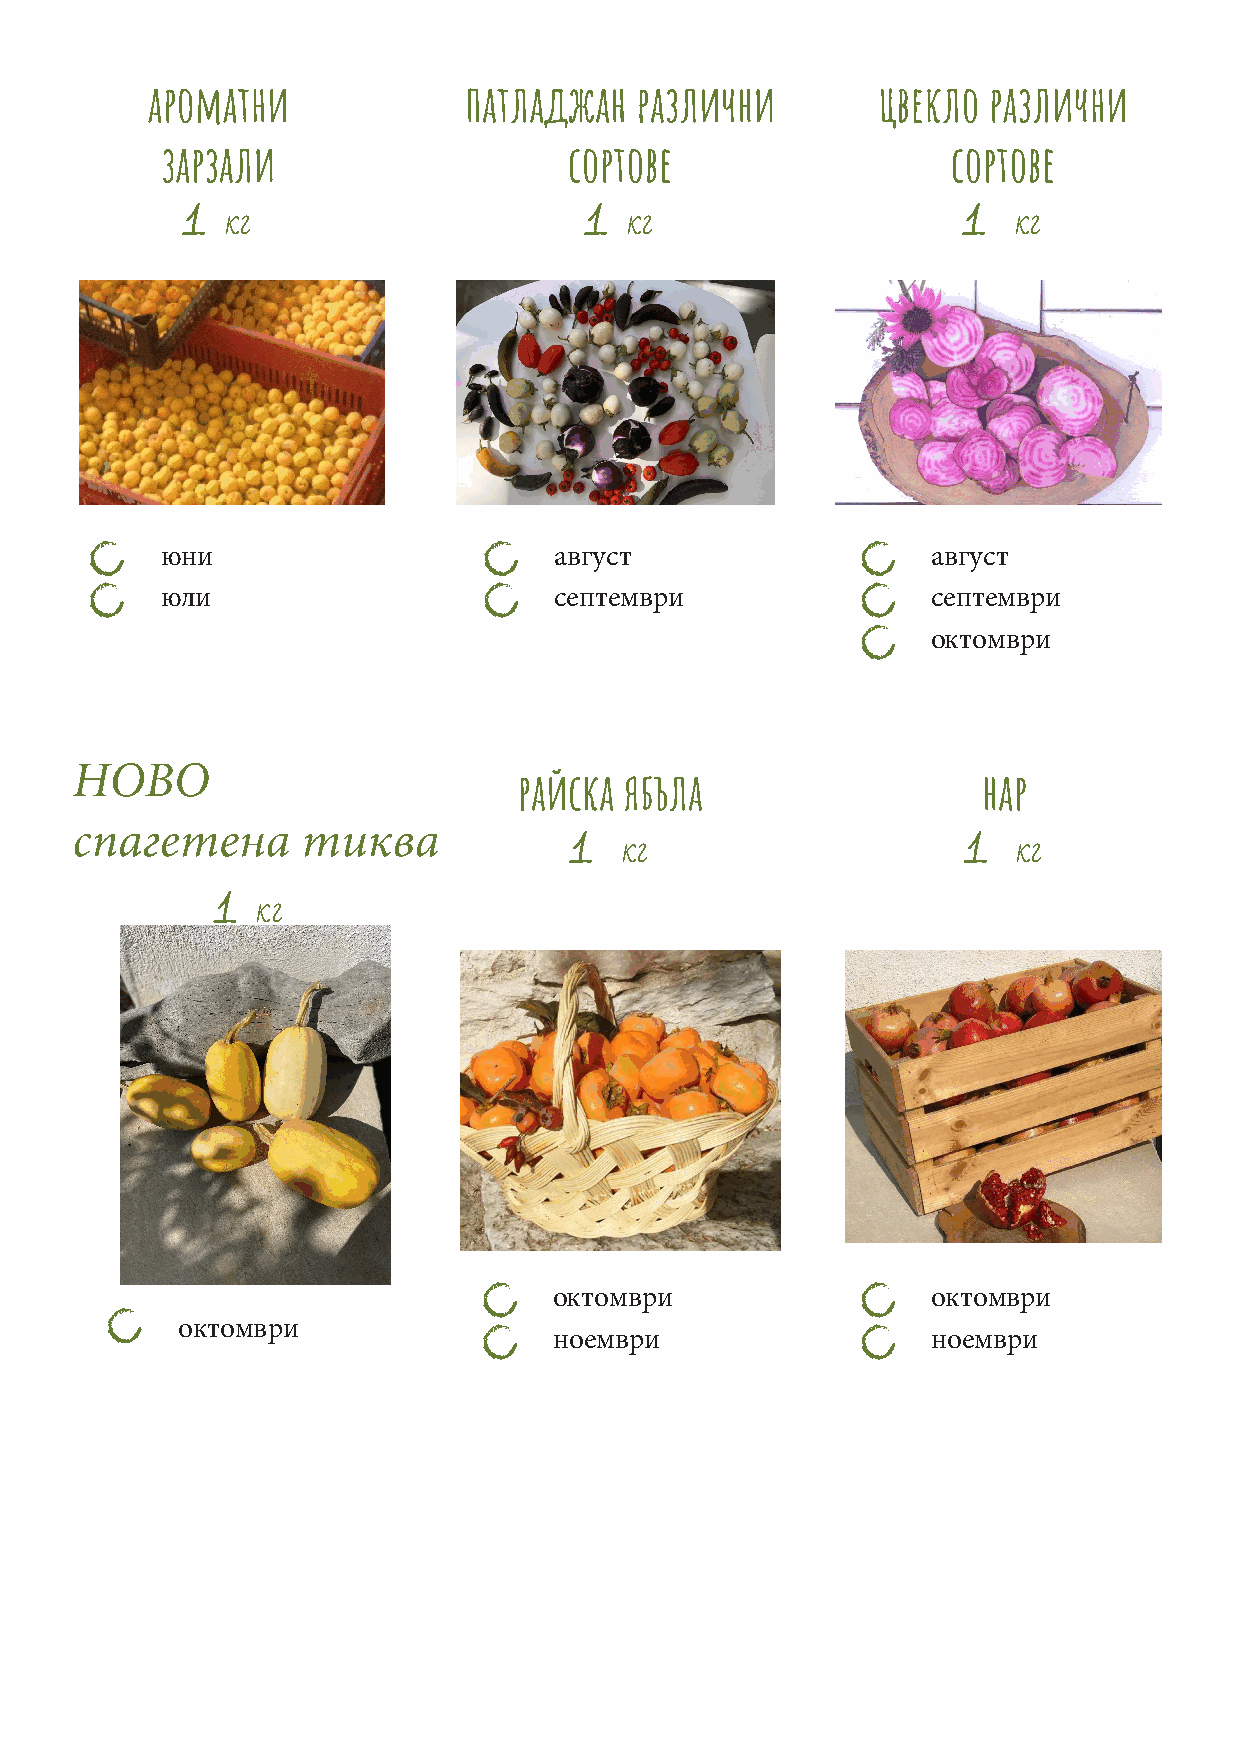
ароматни             патладжан  различни        цвекло различни
 зарзали                    сортове                  сортове
 1                          1                        1
 кг                        кг                        кг
 юни                       август                   август
 юли                       септември                септември
 октомври
 НОВО
 райска ябъла                   нар
 спагетена      тиква
 1                         1
 кг                        кг
 1
 кг
 октомври                 октомври
 октомври
 ноември                  ноември